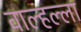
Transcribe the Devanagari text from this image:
वाल्हल्ला